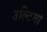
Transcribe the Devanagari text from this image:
उल्टिमो